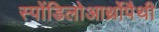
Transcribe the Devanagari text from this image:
स्पोंडिलोआर्थ्रोपैथी